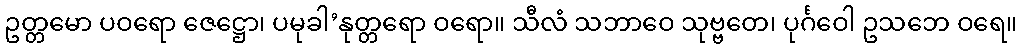
ဥတ္တမော ပဝရော ဇေဋ္ဌော၊ ပမုခါ’နုတ္တရော ဝရော။ သီလံ သဘာဝေ သုဗ္ဗတေ၊ ပုင်္ဂဝေါ ဥသဘေ ဝရေ။